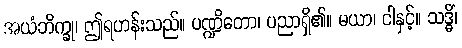
အယံဘိက္ခု၊ ဤရဟန်းသည်။ ပဏ္ဍိတော၊ ပညာရှိ၏။ မယာ၊ ငါနှင့်။ သဒ္ဓိံ၊